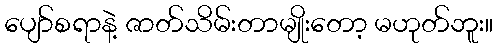
ပျော်စရာနဲ့ ဇာတ်သိမ်းတာမျိုးတော့ မဟုတ်ဘူး။